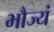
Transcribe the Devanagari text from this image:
भौज्यं